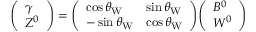
{ \left( \begin{array} { l } { \gamma } \\ { Z ^ { 0 } } \end{array} \right) } = { \left( \begin{array} { l l } { \cos \theta _ { \mathrm { W } } } & { \sin \theta _ { \mathrm { W } } } \\ { - \sin \theta _ { \mathrm { W } } } & { \cos \theta _ { \mathrm { W } } } \end{array} \right) } { \left( \begin{array} { l } { B ^ { 0 } } \\ { W ^ { 0 } } \end{array} \right) }